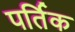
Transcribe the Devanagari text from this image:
पर्तिक